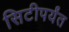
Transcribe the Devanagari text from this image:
सिटीपर्यंत